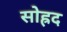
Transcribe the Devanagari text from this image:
सोह्रद